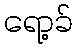
ရော့ခ်